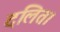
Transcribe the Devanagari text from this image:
दलित।